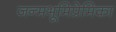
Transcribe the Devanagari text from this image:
जन्मभूमिप्रेमिका